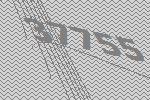
37755